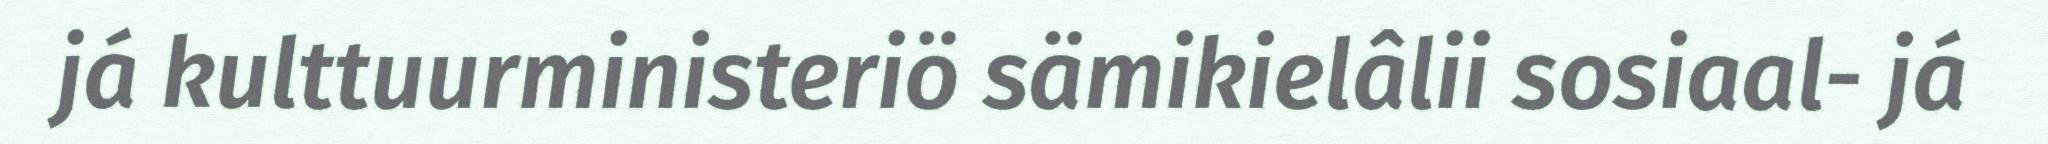
já kulttuurministeriö sämikielâlii sosiaal- já